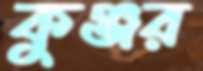
কুঞ্জর